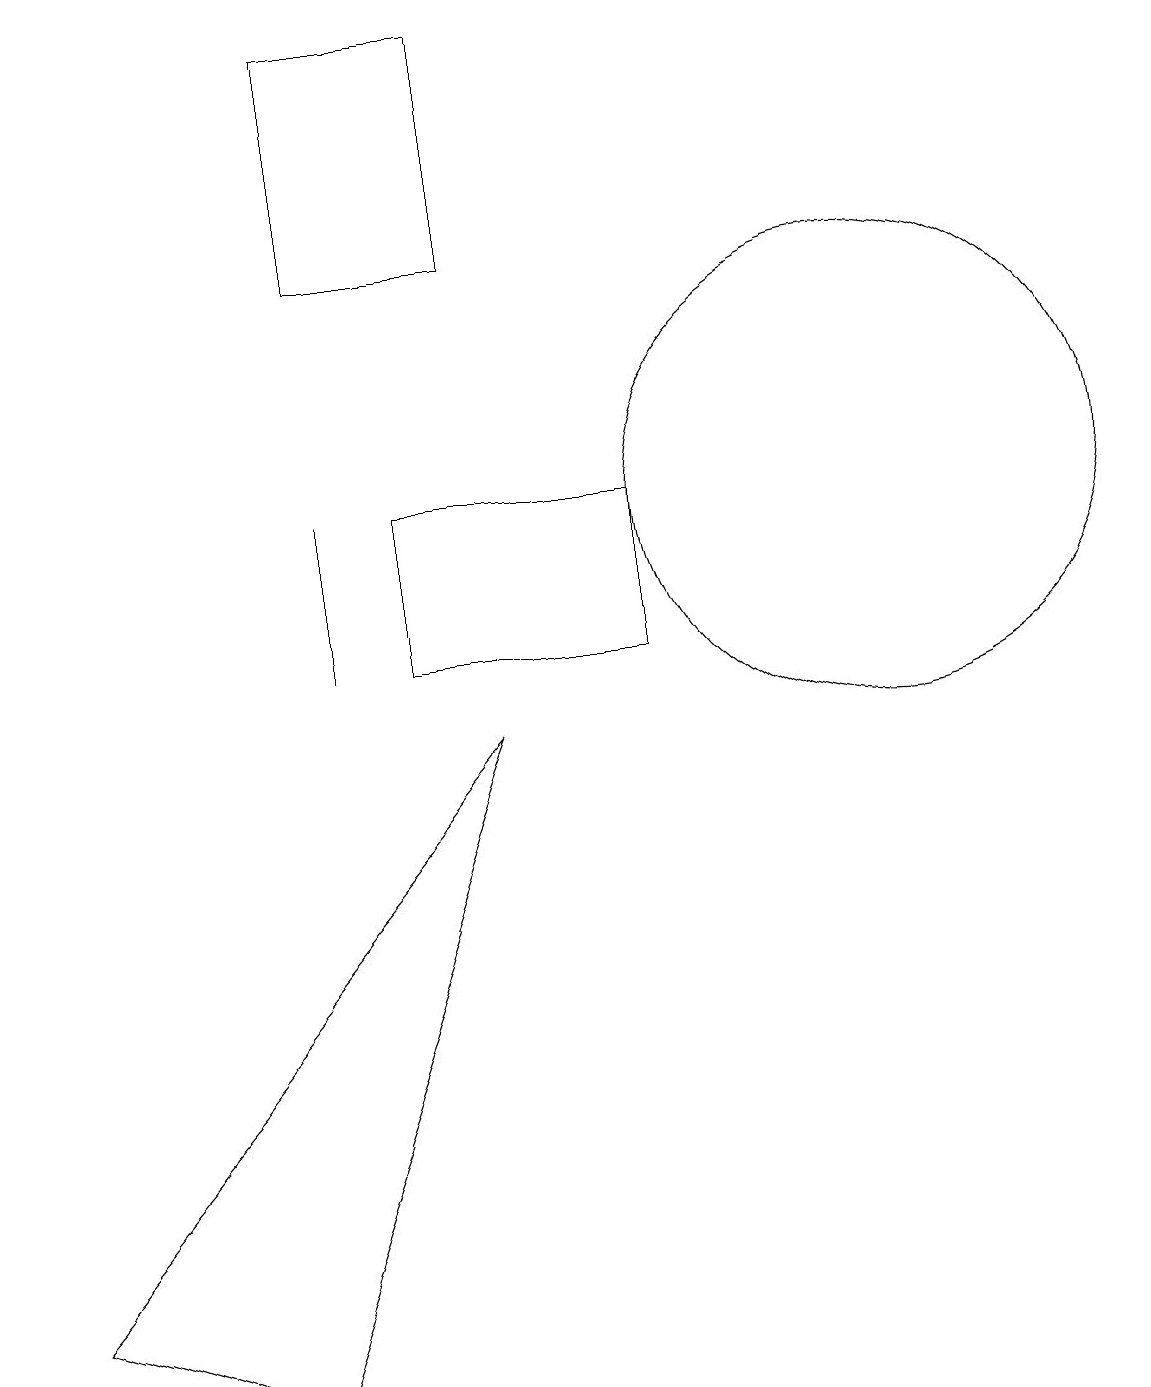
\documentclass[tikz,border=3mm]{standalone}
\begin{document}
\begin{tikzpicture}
\draw (7,18) rectangle (5,15);
\draw (5,12) rectangle (5,10);
\draw (1,2) -- (4,1) -- (7,9) -- cycle;
\draw (12,12) circle (3);
\draw (9,12) rectangle (6,10);
\draw (11,11) circle (0);
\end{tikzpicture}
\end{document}